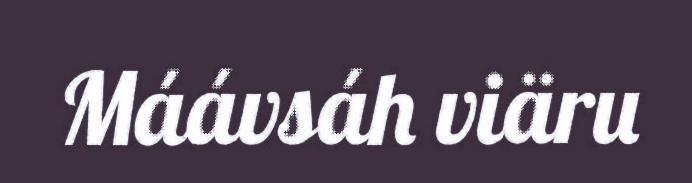
Máávsáh viäru